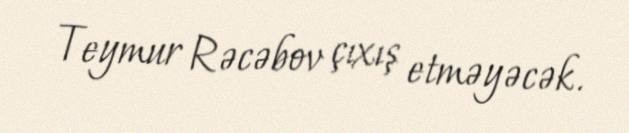
Teymur Rəcəbov çıxış etməyəcək.